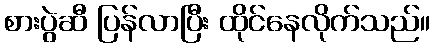
စားပွဲဆီ ပြန်လာပြီး ထိုင်နေလိုက်သည်။